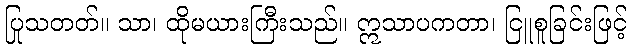
ပြုသတတ်။ သာ၊ ထိုမယားကြီးသည်။ ဣသာပကတာ၊ ငြူစူခြင်းဖြင့်